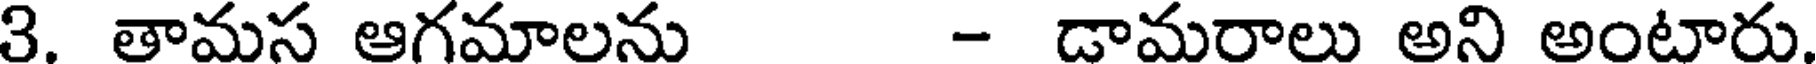
3. తామస ఆగమాలను - డామరాలు అని అంటారు.